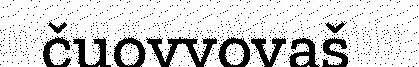
čuovvovaš